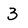
Character: 3